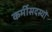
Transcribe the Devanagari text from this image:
कर्मीसदस्यों